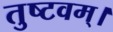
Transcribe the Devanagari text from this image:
तुष्टवम्।